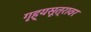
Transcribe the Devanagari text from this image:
गृह्यसूत्रावर